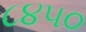
૮૪૫૦